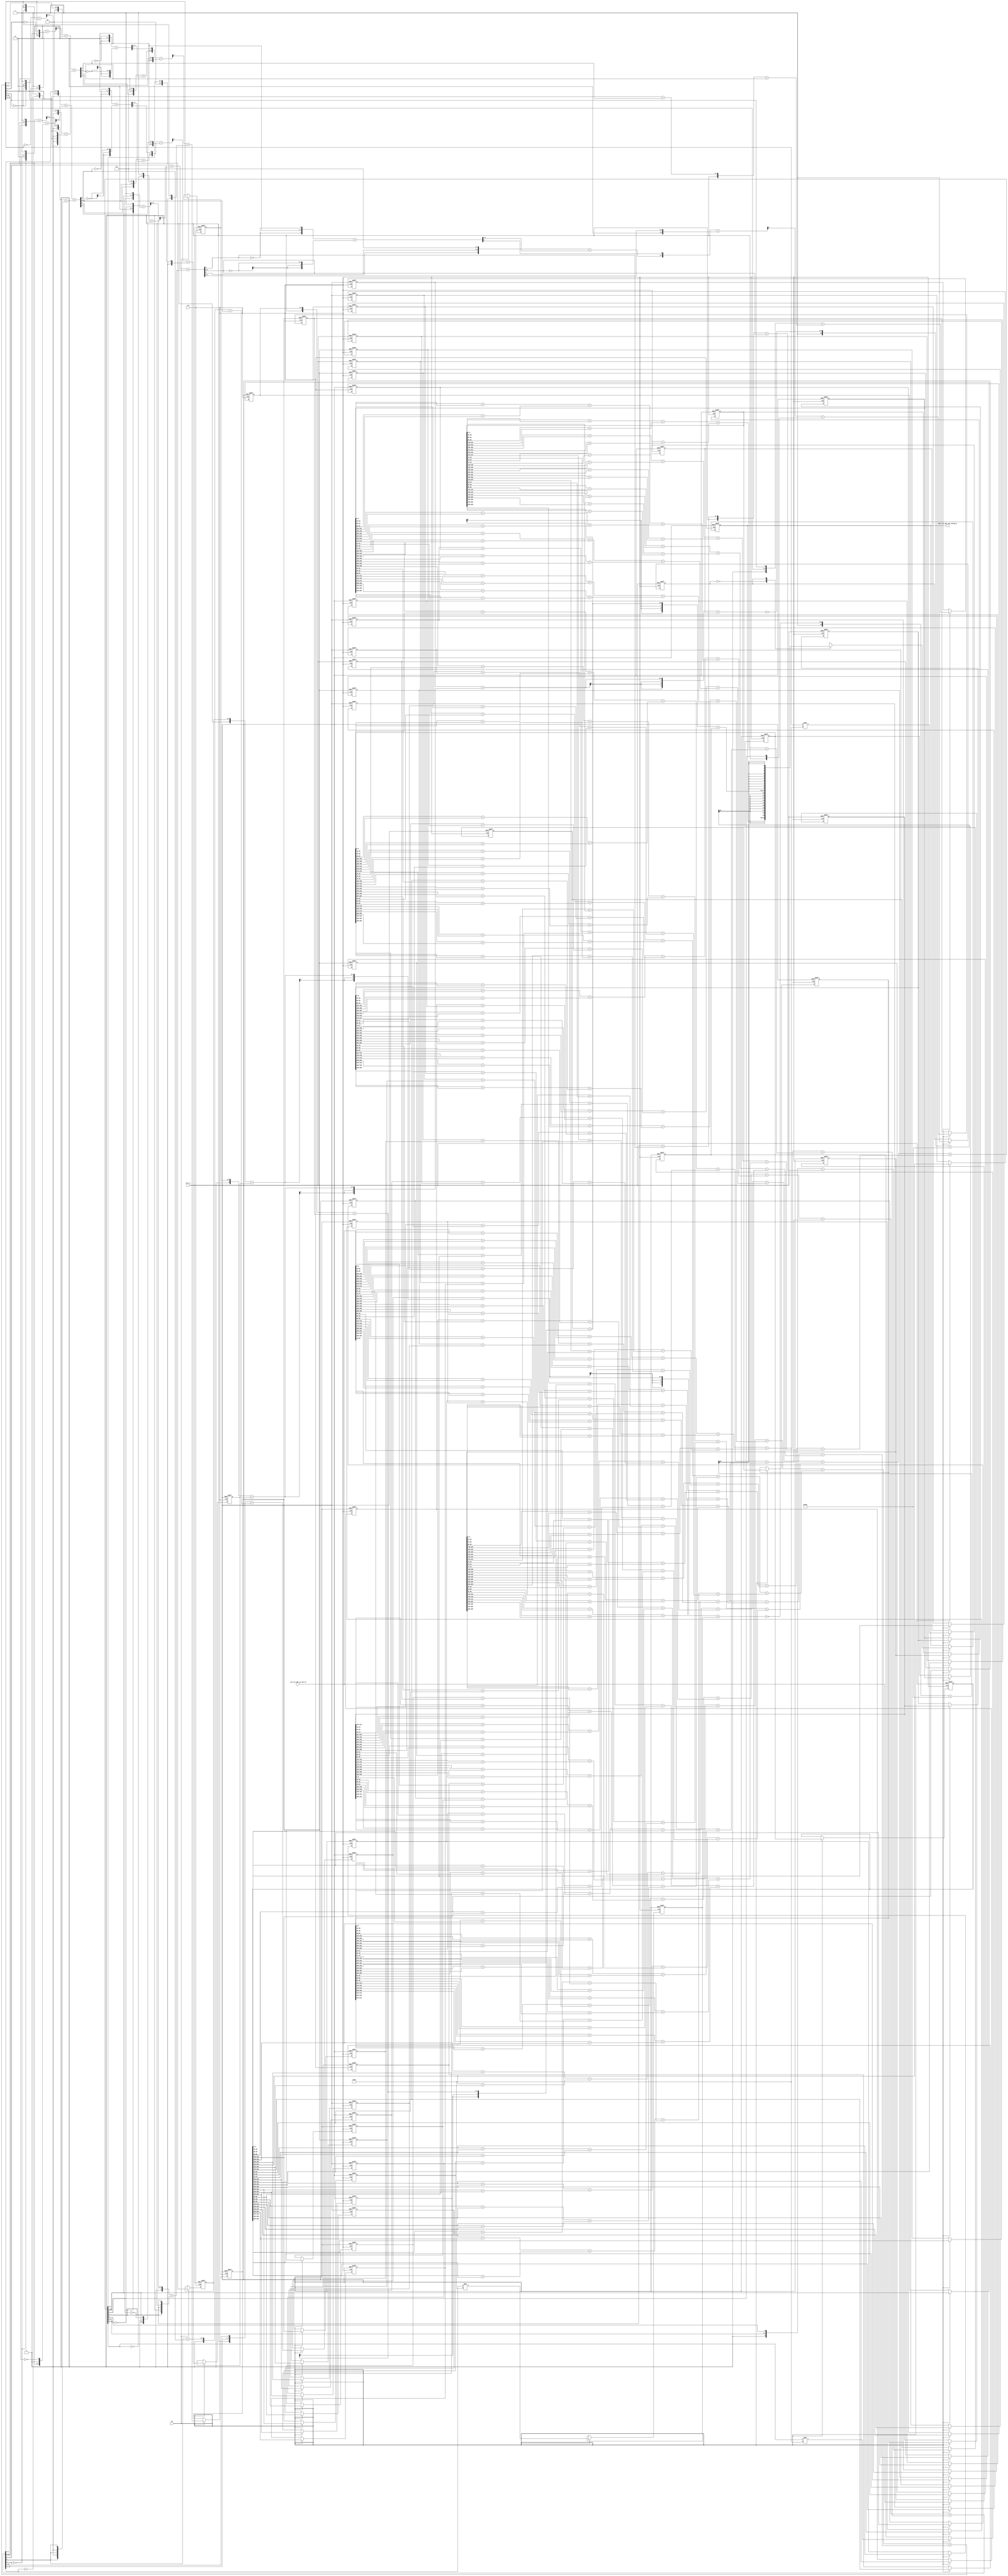
module mean_vga_core (
  clk, en, arst_n, vin_rsc_mgc_in_wire_d, vout_rsc_mgc_out_stdreg_d
);
  input clk;
  input en;
  input arst_n;
  input [299:0] vin_rsc_mgc_in_wire_d;
  output [29:0] vout_rsc_mgc_out_stdreg_d;
  reg [29:0] vout_rsc_mgc_out_stdreg_d;


  // Interconnect Declarations
  reg [299:0] regs_regs_2_sva_1;
  reg [9:0] regs_regs_slc_regs_regs_9_itm;
  reg [9:0] regs_regs_slc_regs_regs_9_1_itm;
  reg [9:0] regs_regs_slc_regs_regs_9_2_itm;
  reg [9:0] regs_regs_slc_regs_regs_9_3_itm;
  reg [9:0] regs_regs_slc_regs_regs_9_4_itm;
  reg [9:0] regs_regs_slc_regs_regs_9_5_itm;
  reg [9:0] regs_regs_slc_regs_regs_9_6_itm;
  reg [9:0] regs_regs_slc_regs_regs_9_7_itm;
  reg [9:0] regs_regs_slc_regs_regs_9_8_itm;
  reg [9:0] regs_regs_slc_regs_regs_9_9_itm;
  reg [9:0] regs_regs_slc_regs_regs_9_10_itm;
  reg [9:0] regs_regs_slc_regs_regs_9_11_itm;
  reg [9:0] regs_regs_slc_regs_regs_9_12_itm;
  reg [9:0] regs_regs_slc_regs_regs_9_13_itm;
  reg [9:0] regs_regs_slc_regs_regs_9_14_itm;
  reg [9:0] regs_regs_slc_regs_regs_9_15_itm;
  reg [9:0] regs_regs_slc_regs_regs_9_16_itm;
  reg [9:0] regs_regs_slc_regs_regs_9_17_itm;
  reg [9:0] regs_regs_slc_regs_regs_9_18_itm;
  reg [9:0] regs_regs_slc_regs_regs_9_19_itm;
  reg [9:0] regs_regs_slc_regs_regs_9_20_itm;
  reg [9:0] regs_regs_slc_regs_regs_9_21_itm;
  reg [9:0] regs_regs_slc_regs_regs_9_22_itm;
  reg [9:0] regs_regs_slc_regs_regs_9_23_itm;
  reg [9:0] regs_regs_slc_regs_regs_9_24_itm;
  reg [9:0] regs_regs_slc_regs_regs_9_25_itm;
  reg [9:0] regs_regs_slc_regs_regs_9_26_itm;
  reg [9:0] regs_regs_slc_regs_regs_9_27_itm;
  reg [9:0] regs_regs_slc_regs_regs_9_28_itm;
  reg [9:0] regs_regs_slc_regs_regs_9_29_itm;
  reg [6:0] FRAME_acc_24_itm_1;
  wire [7:0] nl_FRAME_acc_24_itm_1;
  reg [2:0] red_slc_red_5_sg1_12_itm_1;
  reg [1:0] FRAME_acc_21_itm_1;
  wire [2:0] nl_FRAME_acc_21_itm_1;
  reg [9:0] FRAME_mul_itm_1;
  wire [19:0] nl_FRAME_mul_itm_1;
  reg [6:0] FRAME_acc_32_itm_1;
  wire [7:0] nl_FRAME_acc_32_itm_1;
  reg [2:0] green_slc_green_2_sg1_12_itm_1;
  reg [1:0] FRAME_acc_29_itm_1;
  wire [2:0] nl_FRAME_acc_29_itm_1;
  reg [9:0] FRAME_mul_1_itm_1;
  wire [19:0] nl_FRAME_mul_1_itm_1;
  reg [6:0] FRAME_acc_40_itm_1;
  wire [7:0] nl_FRAME_acc_40_itm_1;
  reg [2:0] blue_slc_blue_5_sg1_12_itm_1;
  reg [1:0] FRAME_acc_37_itm_1;
  wire [2:0] nl_FRAME_acc_37_itm_1;
  reg [9:0] FRAME_mul_2_itm_1;
  wire [19:0] nl_FRAME_mul_2_itm_1;
  reg main_stage_0_2;
  reg [299:0] reg_regs_regs_8_sva_1_cse;
  reg [299:0] reg_regs_regs_0_sva_cse;
  reg [299:0] reg_regs_regs_3_sva_1_cse;
  reg [299:0] reg_regs_regs_4_sva_1_cse;
  reg [299:0] reg_regs_regs_5_sva_1_cse;
  reg [299:0] reg_regs_regs_6_sva_1_cse;
  reg [299:0] reg_regs_regs_7_sva_1_cse;
  wire [6:0] acc_imod_4_sva;
  wire [7:0] nl_acc_imod_4_sva;
  wire [3:0] FRAME_acc_42_sdt;
  wire [4:0] nl_FRAME_acc_42_sdt;
  wire [6:0] acc_imod_2_sva;
  wire [7:0] nl_acc_imod_2_sva;
  wire [3:0] FRAME_acc_34_sdt;
  wire [4:0] nl_FRAME_acc_34_sdt;
  wire [6:0] acc_imod_sva;
  wire [7:0] nl_acc_imod_sva;
  wire [3:0] FRAME_acc_26_sdt;
  wire [4:0] nl_FRAME_acc_26_sdt;
  wire [15:0] ACC2_10_acc_3_itm;
  wire [17:0] nl_ACC2_10_acc_3_itm;
  wire [15:0] ACC2_10_acc_2_itm;
  wire [17:0] nl_ACC2_10_acc_2_itm;
  wire [15:0] ACC2_10_acc_1_itm;
  wire [17:0] nl_ACC2_10_acc_1_itm;


  // Interconnect Declarations for Component Instantiations 
  assign nl_ACC2_10_acc_3_itm = (conv_u2u_15_16(conv_u2u_14_15(conv_u2u_13_14(conv_u2u_12_13(conv_u2u_11_12(conv_u2u_10_11(reg_regs_regs_3_sva_1_cse[219:210])
      + conv_u2u_10_11(reg_regs_regs_3_sva_1_cse[249:240])) + conv_u2u_11_12(conv_u2u_10_11(reg_regs_regs_3_sva_1_cse[279:270])
      + conv_u2u_10_11(reg_regs_regs_4_sva_1_cse[9:0]))) + conv_u2u_12_13(conv_u2u_11_12(conv_u2u_10_11(reg_regs_regs_4_sva_1_cse[39:30])
      + conv_u2u_10_11(reg_regs_regs_4_sva_1_cse[69:60])) + conv_u2u_11_12(conv_u2u_10_11(reg_regs_regs_4_sva_1_cse[99:90])
      + conv_u2u_10_11(reg_regs_regs_4_sva_1_cse[129:120])))) + conv_u2u_13_14(conv_u2u_12_13(conv_u2u_11_12(conv_u2u_10_11(reg_regs_regs_4_sva_1_cse[159:150])
      + conv_u2u_10_11(reg_regs_regs_4_sva_1_cse[189:180])) + conv_u2u_11_12(conv_u2u_10_11(reg_regs_regs_4_sva_1_cse[219:210])
      + conv_u2u_10_11(reg_regs_regs_4_sva_1_cse[249:240]))) + conv_u2u_12_13(conv_u2u_11_12(conv_u2u_10_11(reg_regs_regs_4_sva_1_cse[279:270])
      + conv_u2u_10_11(reg_regs_regs_5_sva_1_cse[9:0])) + conv_u2u_11_12(conv_u2u_10_11(reg_regs_regs_5_sva_1_cse[39:30])
      + conv_u2u_10_11(reg_regs_regs_5_sva_1_cse[69:60]))))) + conv_u2u_14_15(conv_u2u_13_14(conv_u2u_12_13(conv_u2u_11_12(conv_u2u_10_11(reg_regs_regs_5_sva_1_cse[99:90])
      + conv_u2u_10_11(reg_regs_regs_5_sva_1_cse[129:120])) + conv_u2u_11_12(conv_u2u_10_11(reg_regs_regs_5_sva_1_cse[159:150])
      + conv_u2u_10_11(reg_regs_regs_5_sva_1_cse[189:180]))) + conv_u2u_12_13(conv_u2u_11_12(conv_u2u_10_11(reg_regs_regs_5_sva_1_cse[219:210])
      + conv_u2u_10_11(reg_regs_regs_5_sva_1_cse[249:240])) + conv_u2u_11_12(conv_u2u_10_11(reg_regs_regs_5_sva_1_cse[279:270])
      + conv_u2u_10_11(reg_regs_regs_6_sva_1_cse[9:0])))) + conv_u2u_13_14(conv_u2u_12_13(conv_u2u_11_12(conv_u2u_10_11(reg_regs_regs_6_sva_1_cse[39:30])
      + conv_u2u_10_11(reg_regs_regs_6_sva_1_cse[69:60])) + conv_u2u_11_12(conv_u2u_10_11(reg_regs_regs_6_sva_1_cse[99:90])
      + conv_u2u_10_11(reg_regs_regs_6_sva_1_cse[129:120]))) + conv_u2u_12_13(conv_u2u_11_12(conv_u2u_10_11(reg_regs_regs_6_sva_1_cse[159:150])
      + conv_u2u_10_11(reg_regs_regs_6_sva_1_cse[189:180])) + conv_u2u_11_12(conv_u2u_10_11(reg_regs_regs_6_sva_1_cse[219:210])
      + conv_u2u_10_11(reg_regs_regs_6_sva_1_cse[249:240])))))) + conv_u2u_15_16(conv_u2u_14_15(conv_u2u_13_14(conv_u2u_12_13(conv_u2u_11_12(conv_u2u_10_11(reg_regs_regs_6_sva_1_cse[279:270])
      + conv_u2u_10_11(reg_regs_regs_7_sva_1_cse[9:0])) + conv_u2u_11_12(conv_u2u_10_11(reg_regs_regs_7_sva_1_cse[39:30])
      + conv_u2u_10_11(reg_regs_regs_7_sva_1_cse[69:60]))) + conv_u2u_12_13(conv_u2u_11_12(conv_u2u_10_11(reg_regs_regs_7_sva_1_cse[99:90])
      + conv_u2u_10_11(reg_regs_regs_7_sva_1_cse[129:120])) + conv_u2u_11_12(conv_u2u_10_11(reg_regs_regs_7_sva_1_cse[159:150])
      + conv_u2u_10_11(reg_regs_regs_7_sva_1_cse[189:180])))) + conv_u2u_13_14(conv_u2u_12_13(conv_u2u_11_12(conv_u2u_10_11(reg_regs_regs_7_sva_1_cse[219:210])
      + conv_u2u_10_11(reg_regs_regs_7_sva_1_cse[249:240])) + conv_u2u_11_12(conv_u2u_10_11(reg_regs_regs_7_sva_1_cse[279:270])
      + conv_u2u_10_11(reg_regs_regs_8_sva_1_cse[9:0]))) + conv_u2u_12_13(conv_u2u_11_12(conv_u2u_10_11(reg_regs_regs_8_sva_1_cse[39:30])
      + conv_u2u_10_11(reg_regs_regs_8_sva_1_cse[69:60])) + conv_u2u_11_12(conv_u2u_10_11(reg_regs_regs_8_sva_1_cse[99:90])
      + conv_u2u_10_11(reg_regs_regs_8_sva_1_cse[129:120]))))) + conv_u2u_14_15(conv_u2u_13_14(conv_u2u_12_13(conv_u2u_11_12(conv_u2u_10_11(reg_regs_regs_8_sva_1_cse[159:150])
      + conv_u2u_10_11(reg_regs_regs_8_sva_1_cse[189:180])) + conv_u2u_11_12(conv_u2u_10_11(reg_regs_regs_8_sva_1_cse[219:210])
      + conv_u2u_10_11(reg_regs_regs_8_sva_1_cse[249:240]))) + conv_u2u_12_13(conv_u2u_11_12(conv_u2u_10_11(reg_regs_regs_8_sva_1_cse[279:270])
      + conv_u2u_10_11(regs_regs_slc_regs_regs_9_20_itm)) + conv_u2u_11_12(conv_u2u_10_11(regs_regs_slc_regs_regs_9_21_itm)
      + conv_u2u_10_11(regs_regs_slc_regs_regs_9_22_itm)))) + conv_u2u_13_14(conv_u2u_12_13(conv_u2u_11_12(conv_u2u_10_11(regs_regs_slc_regs_regs_9_23_itm)
      + conv_u2u_10_11(regs_regs_slc_regs_regs_9_24_itm)) + conv_u2u_11_12(conv_u2u_10_11(regs_regs_slc_regs_regs_9_25_itm)
      + conv_u2u_10_11(regs_regs_slc_regs_regs_9_26_itm))) + conv_u2u_12_13(conv_u2u_11_12(conv_u2u_10_11(regs_regs_slc_regs_regs_9_27_itm)
      + conv_u2u_10_11(regs_regs_slc_regs_regs_9_28_itm)) + conv_u2u_11_12(conv_u2u_10_11(regs_regs_slc_regs_regs_9_29_itm)
      + conv_u2u_10_11(vin_rsc_mgc_in_wire_d[9:0]))))))) + (conv_u2u_15_16(conv_u2u_14_15(conv_u2u_13_14(conv_u2u_12_13(conv_u2u_11_12(conv_u2u_10_11(vin_rsc_mgc_in_wire_d[69:60])
      + conv_u2u_10_11(vin_rsc_mgc_in_wire_d[99:90])) + conv_u2u_11_12(conv_u2u_10_11(vin_rsc_mgc_in_wire_d[129:120])
      + conv_u2u_10_11(vin_rsc_mgc_in_wire_d[159:150]))) + conv_u2u_12_13(conv_u2u_11_12(conv_u2u_10_11(vin_rsc_mgc_in_wire_d[189:180])
      + conv_u2u_10_11(vin_rsc_mgc_in_wire_d[219:210])) + conv_u2u_11_12(conv_u2u_10_11(vin_rsc_mgc_in_wire_d[249:240])
      + conv_u2u_10_11(vin_rsc_mgc_in_wire_d[279:270])))) + conv_u2u_12_14(conv_u2u_11_12(conv_u2u_10_11(vin_rsc_mgc_in_wire_d[39:30])
      + conv_u2u_10_11(reg_regs_regs_0_sva_cse[9:0])) + conv_u2u_11_12(conv_u2u_10_11(reg_regs_regs_0_sva_cse[39:30])
      + conv_u2u_10_11(reg_regs_regs_0_sva_cse[69:60])))) + conv_u2u_13_15(conv_u2u_12_13(conv_u2u_11_12(conv_u2u_10_11(reg_regs_regs_0_sva_cse[99:90])
      + conv_u2u_10_11(reg_regs_regs_0_sva_cse[129:120])) + conv_u2u_11_12(conv_u2u_10_11(reg_regs_regs_0_sva_cse[159:150])
      + conv_u2u_10_11(reg_regs_regs_0_sva_cse[189:180]))) + conv_u2u_12_13(conv_u2u_11_12(conv_u2u_10_11(reg_regs_regs_0_sva_cse[219:210])
      + conv_u2u_10_11(reg_regs_regs_0_sva_cse[249:240])) + conv_u2u_11_12(conv_u2u_10_11(reg_regs_regs_0_sva_cse[279:270])
      + conv_u2u_10_11(regs_regs_2_sva_1[9:0]))))) + conv_u2u_14_16(conv_u2u_13_14(conv_u2u_12_13(conv_u2u_11_12(conv_u2u_10_11(regs_regs_2_sva_1[39:30])
      + conv_u2u_10_11(regs_regs_2_sva_1[69:60])) + conv_u2u_11_12(conv_u2u_10_11(regs_regs_2_sva_1[99:90])
      + conv_u2u_10_11(regs_regs_2_sva_1[129:120]))) + conv_u2u_12_13(conv_u2u_11_12(conv_u2u_10_11(regs_regs_2_sva_1[159:150])
      + conv_u2u_10_11(regs_regs_2_sva_1[189:180])) + conv_u2u_11_12(conv_u2u_10_11(regs_regs_2_sva_1[219:210])
      + conv_u2u_10_11(regs_regs_2_sva_1[249:240])))) + conv_u2u_13_14(conv_u2u_12_13(conv_u2u_11_12(conv_u2u_10_11(regs_regs_2_sva_1[279:270])
      + conv_u2u_10_11(reg_regs_regs_3_sva_1_cse[9:0])) + conv_u2u_11_12(conv_u2u_10_11(reg_regs_regs_3_sva_1_cse[39:30])
      + conv_u2u_10_11(reg_regs_regs_3_sva_1_cse[69:60]))) + conv_u2u_12_13(conv_u2u_11_12(conv_u2u_10_11(reg_regs_regs_3_sva_1_cse[99:90])
      + conv_u2u_10_11(reg_regs_regs_3_sva_1_cse[129:120])) + conv_u2u_11_12(conv_u2u_10_11(reg_regs_regs_3_sva_1_cse[159:150])
      + conv_u2u_10_11(reg_regs_regs_3_sva_1_cse[189:180]))))));
  assign ACC2_10_acc_3_itm = nl_ACC2_10_acc_3_itm[15:0];
  assign nl_acc_imod_4_sva = conv_s2s_6_7(({2'b10 , (ACC2_10_acc_3_itm[5:2])}) +
      conv_u2s_5_6(readslicef_6_5_1((conv_u2u_5_6({(~ (ACC2_10_acc_3_itm[15:12]))
      , 1'b1}) + conv_u2u_5_6({(ACC2_10_acc_3_itm[11:9]) , 1'b0 , (~ (ACC2_10_acc_3_itm[7]))})))))
      + conv_s2s_6_7(conv_u2s_5_6(readslicef_6_5_1((conv_u2u_5_6({(~ (ACC2_10_acc_3_itm[6]))
      , 2'b11 , (~ (ACC2_10_acc_3_itm[6])) , 1'b1}) + conv_u2u_5_6({(ACC2_10_acc_3_itm[7])
      , (ACC2_10_acc_3_itm[11:9]) , 1'b1})))) + conv_s2s_5_6({(ACC2_10_acc_3_itm[8])
      , 1'b0 , (ACC2_10_acc_3_itm[8]) , 1'b0 , (ACC2_10_acc_3_itm[8])}));
  assign acc_imod_4_sva = nl_acc_imod_4_sva[6:0];
  assign nl_FRAME_acc_42_sdt = ({(~ (acc_imod_4_sva[4])) , 2'b11 , (~ (acc_imod_4_sva[4]))})
      + conv_s2u_2_4(~ (acc_imod_4_sva[6:5]));
  assign FRAME_acc_42_sdt = nl_FRAME_acc_42_sdt[3:0];
  assign nl_ACC2_10_acc_2_itm = (conv_u2u_15_16(conv_u2u_14_15(conv_u2u_13_14(conv_u2u_12_13(conv_u2u_11_12(conv_u2u_10_11(reg_regs_regs_3_sva_1_cse[229:220])
      + conv_u2u_10_11(reg_regs_regs_3_sva_1_cse[259:250])) + conv_u2u_11_12(conv_u2u_10_11(reg_regs_regs_3_sva_1_cse[289:280])
      + conv_u2u_10_11(reg_regs_regs_4_sva_1_cse[19:10]))) + conv_u2u_12_13(conv_u2u_11_12(conv_u2u_10_11(reg_regs_regs_4_sva_1_cse[49:40])
      + conv_u2u_10_11(reg_regs_regs_4_sva_1_cse[79:70])) + conv_u2u_11_12(conv_u2u_10_11(reg_regs_regs_4_sva_1_cse[109:100])
      + conv_u2u_10_11(reg_regs_regs_4_sva_1_cse[139:130])))) + conv_u2u_13_14(conv_u2u_12_13(conv_u2u_11_12(conv_u2u_10_11(reg_regs_regs_4_sva_1_cse[169:160])
      + conv_u2u_10_11(reg_regs_regs_4_sva_1_cse[199:190])) + conv_u2u_11_12(conv_u2u_10_11(reg_regs_regs_4_sva_1_cse[229:220])
      + conv_u2u_10_11(reg_regs_regs_4_sva_1_cse[259:250]))) + conv_u2u_12_13(conv_u2u_11_12(conv_u2u_10_11(reg_regs_regs_4_sva_1_cse[289:280])
      + conv_u2u_10_11(reg_regs_regs_5_sva_1_cse[19:10])) + conv_u2u_11_12(conv_u2u_10_11(reg_regs_regs_5_sva_1_cse[49:40])
      + conv_u2u_10_11(reg_regs_regs_5_sva_1_cse[79:70]))))) + conv_u2u_14_15(conv_u2u_13_14(conv_u2u_12_13(conv_u2u_11_12(conv_u2u_10_11(reg_regs_regs_5_sva_1_cse[109:100])
      + conv_u2u_10_11(reg_regs_regs_5_sva_1_cse[139:130])) + conv_u2u_11_12(conv_u2u_10_11(reg_regs_regs_5_sva_1_cse[169:160])
      + conv_u2u_10_11(reg_regs_regs_5_sva_1_cse[199:190]))) + conv_u2u_12_13(conv_u2u_11_12(conv_u2u_10_11(reg_regs_regs_5_sva_1_cse[229:220])
      + conv_u2u_10_11(reg_regs_regs_5_sva_1_cse[259:250])) + conv_u2u_11_12(conv_u2u_10_11(reg_regs_regs_5_sva_1_cse[289:280])
      + conv_u2u_10_11(reg_regs_regs_6_sva_1_cse[19:10])))) + conv_u2u_13_14(conv_u2u_12_13(conv_u2u_11_12(conv_u2u_10_11(reg_regs_regs_6_sva_1_cse[49:40])
      + conv_u2u_10_11(reg_regs_regs_6_sva_1_cse[79:70])) + conv_u2u_11_12(conv_u2u_10_11(reg_regs_regs_6_sva_1_cse[109:100])
      + conv_u2u_10_11(reg_regs_regs_6_sva_1_cse[139:130]))) + conv_u2u_12_13(conv_u2u_11_12(conv_u2u_10_11(reg_regs_regs_6_sva_1_cse[169:160])
      + conv_u2u_10_11(reg_regs_regs_6_sva_1_cse[199:190])) + conv_u2u_11_12(conv_u2u_10_11(reg_regs_regs_6_sva_1_cse[229:220])
      + conv_u2u_10_11(reg_regs_regs_6_sva_1_cse[259:250])))))) + conv_u2u_15_16(conv_u2u_14_15(conv_u2u_13_14(conv_u2u_12_13(conv_u2u_11_12(conv_u2u_10_11(reg_regs_regs_6_sva_1_cse[289:280])
      + conv_u2u_10_11(reg_regs_regs_7_sva_1_cse[19:10])) + conv_u2u_11_12(conv_u2u_10_11(reg_regs_regs_7_sva_1_cse[49:40])
      + conv_u2u_10_11(reg_regs_regs_7_sva_1_cse[79:70]))) + conv_u2u_12_13(conv_u2u_11_12(conv_u2u_10_11(reg_regs_regs_7_sva_1_cse[109:100])
      + conv_u2u_10_11(reg_regs_regs_7_sva_1_cse[139:130])) + conv_u2u_11_12(conv_u2u_10_11(reg_regs_regs_7_sva_1_cse[169:160])
      + conv_u2u_10_11(reg_regs_regs_7_sva_1_cse[199:190])))) + conv_u2u_13_14(conv_u2u_12_13(conv_u2u_11_12(conv_u2u_10_11(reg_regs_regs_7_sva_1_cse[229:220])
      + conv_u2u_10_11(reg_regs_regs_7_sva_1_cse[259:250])) + conv_u2u_11_12(conv_u2u_10_11(reg_regs_regs_7_sva_1_cse[289:280])
      + conv_u2u_10_11(reg_regs_regs_8_sva_1_cse[19:10]))) + conv_u2u_12_13(conv_u2u_11_12(conv_u2u_10_11(reg_regs_regs_8_sva_1_cse[49:40])
      + conv_u2u_10_11(reg_regs_regs_8_sva_1_cse[79:70])) + conv_u2u_11_12(conv_u2u_10_11(reg_regs_regs_8_sva_1_cse[109:100])
      + conv_u2u_10_11(reg_regs_regs_8_sva_1_cse[139:130]))))) + conv_u2u_14_15(conv_u2u_13_14(conv_u2u_12_13(conv_u2u_11_12(conv_u2u_10_11(reg_regs_regs_8_sva_1_cse[169:160])
      + conv_u2u_10_11(reg_regs_regs_8_sva_1_cse[199:190])) + conv_u2u_11_12(conv_u2u_10_11(reg_regs_regs_8_sva_1_cse[229:220])
      + conv_u2u_10_11(reg_regs_regs_8_sva_1_cse[259:250]))) + conv_u2u_12_13(conv_u2u_11_12(conv_u2u_10_11(reg_regs_regs_8_sva_1_cse[289:280])
      + conv_u2u_10_11(regs_regs_slc_regs_regs_9_10_itm)) + conv_u2u_11_12(conv_u2u_10_11(regs_regs_slc_regs_regs_9_11_itm)
      + conv_u2u_10_11(regs_regs_slc_regs_regs_9_12_itm)))) + conv_u2u_13_14(conv_u2u_12_13(conv_u2u_11_12(conv_u2u_10_11(regs_regs_slc_regs_regs_9_13_itm)
      + conv_u2u_10_11(regs_regs_slc_regs_regs_9_14_itm)) + conv_u2u_11_12(conv_u2u_10_11(regs_regs_slc_regs_regs_9_15_itm)
      + conv_u2u_10_11(regs_regs_slc_regs_regs_9_16_itm))) + conv_u2u_12_13(conv_u2u_11_12(conv_u2u_10_11(regs_regs_slc_regs_regs_9_17_itm)
      + conv_u2u_10_11(regs_regs_slc_regs_regs_9_18_itm)) + conv_u2u_11_12(conv_u2u_10_11(regs_regs_slc_regs_regs_9_19_itm)
      + conv_u2u_10_11(vin_rsc_mgc_in_wire_d[19:10]))))))) + (conv_u2u_15_16(conv_u2u_14_15(conv_u2u_13_14(conv_u2u_12_13(conv_u2u_11_12(conv_u2u_10_11(vin_rsc_mgc_in_wire_d[79:70])
      + conv_u2u_10_11(vin_rsc_mgc_in_wire_d[109:100])) + conv_u2u_11_12(conv_u2u_10_11(vin_rsc_mgc_in_wire_d[139:130])
      + conv_u2u_10_11(vin_rsc_mgc_in_wire_d[169:160]))) + conv_u2u_12_13(conv_u2u_11_12(conv_u2u_10_11(vin_rsc_mgc_in_wire_d[199:190])
      + conv_u2u_10_11(vin_rsc_mgc_in_wire_d[229:220])) + conv_u2u_11_12(conv_u2u_10_11(vin_rsc_mgc_in_wire_d[259:250])
      + conv_u2u_10_11(vin_rsc_mgc_in_wire_d[289:280])))) + conv_u2u_12_14(conv_u2u_11_12(conv_u2u_10_11(vin_rsc_mgc_in_wire_d[49:40])
      + conv_u2u_10_11(reg_regs_regs_0_sva_cse[19:10])) + conv_u2u_11_12(conv_u2u_10_11(reg_regs_regs_0_sva_cse[49:40])
      + conv_u2u_10_11(reg_regs_regs_0_sva_cse[79:70])))) + conv_u2u_13_15(conv_u2u_12_13(conv_u2u_11_12(conv_u2u_10_11(reg_regs_regs_0_sva_cse[109:100])
      + conv_u2u_10_11(reg_regs_regs_0_sva_cse[139:130])) + conv_u2u_11_12(conv_u2u_10_11(reg_regs_regs_0_sva_cse[169:160])
      + conv_u2u_10_11(reg_regs_regs_0_sva_cse[199:190]))) + conv_u2u_12_13(conv_u2u_11_12(conv_u2u_10_11(reg_regs_regs_0_sva_cse[229:220])
      + conv_u2u_10_11(reg_regs_regs_0_sva_cse[259:250])) + conv_u2u_11_12(conv_u2u_10_11(reg_regs_regs_0_sva_cse[289:280])
      + conv_u2u_10_11(regs_regs_2_sva_1[19:10]))))) + conv_u2u_14_16(conv_u2u_13_14(conv_u2u_12_13(conv_u2u_11_12(conv_u2u_10_11(regs_regs_2_sva_1[49:40])
      + conv_u2u_10_11(regs_regs_2_sva_1[79:70])) + conv_u2u_11_12(conv_u2u_10_11(regs_regs_2_sva_1[109:100])
      + conv_u2u_10_11(regs_regs_2_sva_1[139:130]))) + conv_u2u_12_13(conv_u2u_11_12(conv_u2u_10_11(regs_regs_2_sva_1[169:160])
      + conv_u2u_10_11(regs_regs_2_sva_1[199:190])) + conv_u2u_11_12(conv_u2u_10_11(regs_regs_2_sva_1[229:220])
      + conv_u2u_10_11(regs_regs_2_sva_1[259:250])))) + conv_u2u_13_14(conv_u2u_12_13(conv_u2u_11_12(conv_u2u_10_11(regs_regs_2_sva_1[289:280])
      + conv_u2u_10_11(reg_regs_regs_3_sva_1_cse[19:10])) + conv_u2u_11_12(conv_u2u_10_11(reg_regs_regs_3_sva_1_cse[49:40])
      + conv_u2u_10_11(reg_regs_regs_3_sva_1_cse[79:70]))) + conv_u2u_12_13(conv_u2u_11_12(conv_u2u_10_11(reg_regs_regs_3_sva_1_cse[109:100])
      + conv_u2u_10_11(reg_regs_regs_3_sva_1_cse[139:130])) + conv_u2u_11_12(conv_u2u_10_11(reg_regs_regs_3_sva_1_cse[169:160])
      + conv_u2u_10_11(reg_regs_regs_3_sva_1_cse[199:190]))))));
  assign ACC2_10_acc_2_itm = nl_ACC2_10_acc_2_itm[15:0];
  assign nl_acc_imod_2_sva = conv_s2s_6_7(({2'b10 , (ACC2_10_acc_2_itm[5:2])}) +
      conv_u2s_5_6(readslicef_6_5_1((conv_u2u_5_6({(~ (ACC2_10_acc_2_itm[15:12]))
      , 1'b1}) + conv_u2u_5_6({(ACC2_10_acc_2_itm[11:9]) , 1'b0 , (~ (ACC2_10_acc_2_itm[7]))})))))
      + conv_s2s_6_7(conv_u2s_5_6(readslicef_6_5_1((conv_u2u_5_6({(~ (ACC2_10_acc_2_itm[6]))
      , 2'b11 , (~ (ACC2_10_acc_2_itm[6])) , 1'b1}) + conv_u2u_5_6({(ACC2_10_acc_2_itm[7])
      , (ACC2_10_acc_2_itm[11:9]) , 1'b1})))) + conv_s2s_5_6({(ACC2_10_acc_2_itm[8])
      , 1'b0 , (ACC2_10_acc_2_itm[8]) , 1'b0 , (ACC2_10_acc_2_itm[8])}));
  assign acc_imod_2_sva = nl_acc_imod_2_sva[6:0];
  assign nl_FRAME_acc_34_sdt = ({(~ (acc_imod_2_sva[4])) , 2'b11 , (~ (acc_imod_2_sva[4]))})
      + conv_s2u_2_4(~ (acc_imod_2_sva[6:5]));
  assign FRAME_acc_34_sdt = nl_FRAME_acc_34_sdt[3:0];
  assign nl_ACC2_10_acc_1_itm = (conv_u2u_15_16(conv_u2u_14_15(conv_u2u_13_14(conv_u2u_12_13(conv_u2u_11_12(conv_u2u_10_11(reg_regs_regs_3_sva_1_cse[239:230])
      + conv_u2u_10_11(reg_regs_regs_3_sva_1_cse[269:260])) + conv_u2u_11_12(conv_u2u_10_11(reg_regs_regs_3_sva_1_cse[299:290])
      + conv_u2u_10_11(reg_regs_regs_4_sva_1_cse[29:20]))) + conv_u2u_12_13(conv_u2u_11_12(conv_u2u_10_11(reg_regs_regs_4_sva_1_cse[59:50])
      + conv_u2u_10_11(reg_regs_regs_4_sva_1_cse[89:80])) + conv_u2u_11_12(conv_u2u_10_11(reg_regs_regs_4_sva_1_cse[119:110])
      + conv_u2u_10_11(reg_regs_regs_4_sva_1_cse[149:140])))) + conv_u2u_13_14(conv_u2u_12_13(conv_u2u_11_12(conv_u2u_10_11(reg_regs_regs_4_sva_1_cse[179:170])
      + conv_u2u_10_11(reg_regs_regs_4_sva_1_cse[209:200])) + conv_u2u_11_12(conv_u2u_10_11(reg_regs_regs_4_sva_1_cse[239:230])
      + conv_u2u_10_11(reg_regs_regs_4_sva_1_cse[269:260]))) + conv_u2u_12_13(conv_u2u_11_12(conv_u2u_10_11(reg_regs_regs_4_sva_1_cse[299:290])
      + conv_u2u_10_11(reg_regs_regs_5_sva_1_cse[29:20])) + conv_u2u_11_12(conv_u2u_10_11(reg_regs_regs_5_sva_1_cse[59:50])
      + conv_u2u_10_11(reg_regs_regs_5_sva_1_cse[89:80]))))) + conv_u2u_14_15(conv_u2u_13_14(conv_u2u_12_13(conv_u2u_11_12(conv_u2u_10_11(reg_regs_regs_5_sva_1_cse[119:110])
      + conv_u2u_10_11(reg_regs_regs_5_sva_1_cse[149:140])) + conv_u2u_11_12(conv_u2u_10_11(reg_regs_regs_5_sva_1_cse[179:170])
      + conv_u2u_10_11(reg_regs_regs_5_sva_1_cse[209:200]))) + conv_u2u_12_13(conv_u2u_11_12(conv_u2u_10_11(reg_regs_regs_5_sva_1_cse[239:230])
      + conv_u2u_10_11(reg_regs_regs_5_sva_1_cse[269:260])) + conv_u2u_11_12(conv_u2u_10_11(reg_regs_regs_5_sva_1_cse[299:290])
      + conv_u2u_10_11(reg_regs_regs_6_sva_1_cse[29:20])))) + conv_u2u_13_14(conv_u2u_12_13(conv_u2u_11_12(conv_u2u_10_11(reg_regs_regs_6_sva_1_cse[59:50])
      + conv_u2u_10_11(reg_regs_regs_6_sva_1_cse[89:80])) + conv_u2u_11_12(conv_u2u_10_11(reg_regs_regs_6_sva_1_cse[119:110])
      + conv_u2u_10_11(reg_regs_regs_6_sva_1_cse[149:140]))) + conv_u2u_12_13(conv_u2u_11_12(conv_u2u_10_11(reg_regs_regs_6_sva_1_cse[179:170])
      + conv_u2u_10_11(reg_regs_regs_6_sva_1_cse[209:200])) + conv_u2u_11_12(conv_u2u_10_11(reg_regs_regs_6_sva_1_cse[239:230])
      + conv_u2u_10_11(reg_regs_regs_6_sva_1_cse[269:260])))))) + conv_u2u_15_16(conv_u2u_14_15(conv_u2u_13_14(conv_u2u_12_13(conv_u2u_11_12(conv_u2u_10_11(reg_regs_regs_6_sva_1_cse[299:290])
      + conv_u2u_10_11(reg_regs_regs_7_sva_1_cse[29:20])) + conv_u2u_11_12(conv_u2u_10_11(reg_regs_regs_7_sva_1_cse[59:50])
      + conv_u2u_10_11(reg_regs_regs_7_sva_1_cse[89:80]))) + conv_u2u_12_13(conv_u2u_11_12(conv_u2u_10_11(reg_regs_regs_7_sva_1_cse[119:110])
      + conv_u2u_10_11(reg_regs_regs_7_sva_1_cse[149:140])) + conv_u2u_11_12(conv_u2u_10_11(reg_regs_regs_7_sva_1_cse[179:170])
      + conv_u2u_10_11(reg_regs_regs_7_sva_1_cse[209:200])))) + conv_u2u_13_14(conv_u2u_12_13(conv_u2u_11_12(conv_u2u_10_11(reg_regs_regs_7_sva_1_cse[239:230])
      + conv_u2u_10_11(reg_regs_regs_7_sva_1_cse[269:260])) + conv_u2u_11_12(conv_u2u_10_11(reg_regs_regs_7_sva_1_cse[299:290])
      + conv_u2u_10_11(reg_regs_regs_8_sva_1_cse[29:20]))) + conv_u2u_12_13(conv_u2u_11_12(conv_u2u_10_11(reg_regs_regs_8_sva_1_cse[59:50])
      + conv_u2u_10_11(reg_regs_regs_8_sva_1_cse[89:80])) + conv_u2u_11_12(conv_u2u_10_11(reg_regs_regs_8_sva_1_cse[119:110])
      + conv_u2u_10_11(reg_regs_regs_8_sva_1_cse[149:140]))))) + conv_u2u_14_15(conv_u2u_13_14(conv_u2u_12_13(conv_u2u_11_12(conv_u2u_10_11(reg_regs_regs_8_sva_1_cse[179:170])
      + conv_u2u_10_11(reg_regs_regs_8_sva_1_cse[209:200])) + conv_u2u_11_12(conv_u2u_10_11(reg_regs_regs_8_sva_1_cse[239:230])
      + conv_u2u_10_11(reg_regs_regs_8_sva_1_cse[269:260]))) + conv_u2u_12_13(conv_u2u_11_12(conv_u2u_10_11(reg_regs_regs_8_sva_1_cse[299:290])
      + conv_u2u_10_11(regs_regs_slc_regs_regs_9_itm)) + conv_u2u_11_12(conv_u2u_10_11(regs_regs_slc_regs_regs_9_1_itm)
      + conv_u2u_10_11(regs_regs_slc_regs_regs_9_2_itm)))) + conv_u2u_13_14(conv_u2u_12_13(conv_u2u_11_12(conv_u2u_10_11(regs_regs_slc_regs_regs_9_3_itm)
      + conv_u2u_10_11(regs_regs_slc_regs_regs_9_4_itm)) + conv_u2u_11_12(conv_u2u_10_11(regs_regs_slc_regs_regs_9_5_itm)
      + conv_u2u_10_11(regs_regs_slc_regs_regs_9_6_itm))) + conv_u2u_12_13(conv_u2u_11_12(conv_u2u_10_11(regs_regs_slc_regs_regs_9_7_itm)
      + conv_u2u_10_11(regs_regs_slc_regs_regs_9_8_itm)) + conv_u2u_11_12(conv_u2u_10_11(regs_regs_slc_regs_regs_9_9_itm)
      + conv_u2u_10_11(vin_rsc_mgc_in_wire_d[29:20]))))))) + (conv_u2u_15_16(conv_u2u_14_15(conv_u2u_13_14(conv_u2u_12_13(conv_u2u_11_12(conv_u2u_10_11(vin_rsc_mgc_in_wire_d[89:80])
      + conv_u2u_10_11(vin_rsc_mgc_in_wire_d[119:110])) + conv_u2u_11_12(conv_u2u_10_11(vin_rsc_mgc_in_wire_d[149:140])
      + conv_u2u_10_11(vin_rsc_mgc_in_wire_d[179:170]))) + conv_u2u_12_13(conv_u2u_11_12(conv_u2u_10_11(vin_rsc_mgc_in_wire_d[209:200])
      + conv_u2u_10_11(vin_rsc_mgc_in_wire_d[239:230])) + conv_u2u_11_12(conv_u2u_10_11(vin_rsc_mgc_in_wire_d[269:260])
      + conv_u2u_10_11(vin_rsc_mgc_in_wire_d[299:290])))) + conv_u2u_12_14(conv_u2u_11_12(conv_u2u_10_11(vin_rsc_mgc_in_wire_d[59:50])
      + conv_u2u_10_11(reg_regs_regs_0_sva_cse[29:20])) + conv_u2u_11_12(conv_u2u_10_11(reg_regs_regs_0_sva_cse[59:50])
      + conv_u2u_10_11(reg_regs_regs_0_sva_cse[89:80])))) + conv_u2u_13_15(conv_u2u_12_13(conv_u2u_11_12(conv_u2u_10_11(reg_regs_regs_0_sva_cse[119:110])
      + conv_u2u_10_11(reg_regs_regs_0_sva_cse[149:140])) + conv_u2u_11_12(conv_u2u_10_11(reg_regs_regs_0_sva_cse[179:170])
      + conv_u2u_10_11(reg_regs_regs_0_sva_cse[209:200]))) + conv_u2u_12_13(conv_u2u_11_12(conv_u2u_10_11(reg_regs_regs_0_sva_cse[239:230])
      + conv_u2u_10_11(reg_regs_regs_0_sva_cse[269:260])) + conv_u2u_11_12(conv_u2u_10_11(reg_regs_regs_0_sva_cse[299:290])
      + conv_u2u_10_11(regs_regs_2_sva_1[29:20]))))) + conv_u2u_14_16(conv_u2u_13_14(conv_u2u_12_13(conv_u2u_11_12(conv_u2u_10_11(regs_regs_2_sva_1[59:50])
      + conv_u2u_10_11(regs_regs_2_sva_1[89:80])) + conv_u2u_11_12(conv_u2u_10_11(regs_regs_2_sva_1[119:110])
      + conv_u2u_10_11(regs_regs_2_sva_1[149:140]))) + conv_u2u_12_13(conv_u2u_11_12(conv_u2u_10_11(regs_regs_2_sva_1[179:170])
      + conv_u2u_10_11(regs_regs_2_sva_1[209:200])) + conv_u2u_11_12(conv_u2u_10_11(regs_regs_2_sva_1[239:230])
      + conv_u2u_10_11(regs_regs_2_sva_1[269:260])))) + conv_u2u_13_14(conv_u2u_12_13(conv_u2u_11_12(conv_u2u_10_11(regs_regs_2_sva_1[299:290])
      + conv_u2u_10_11(reg_regs_regs_3_sva_1_cse[29:20])) + conv_u2u_11_12(conv_u2u_10_11(reg_regs_regs_3_sva_1_cse[59:50])
      + conv_u2u_10_11(reg_regs_regs_3_sva_1_cse[89:80]))) + conv_u2u_12_13(conv_u2u_11_12(conv_u2u_10_11(reg_regs_regs_3_sva_1_cse[119:110])
      + conv_u2u_10_11(reg_regs_regs_3_sva_1_cse[149:140])) + conv_u2u_11_12(conv_u2u_10_11(reg_regs_regs_3_sva_1_cse[179:170])
      + conv_u2u_10_11(reg_regs_regs_3_sva_1_cse[209:200]))))));
  assign ACC2_10_acc_1_itm = nl_ACC2_10_acc_1_itm[15:0];
  assign nl_acc_imod_sva = conv_s2s_6_7(({2'b10 , (ACC2_10_acc_1_itm[5:2])}) + conv_u2s_5_6(readslicef_6_5_1((conv_u2u_5_6({(~
      (ACC2_10_acc_1_itm[15:12])) , 1'b1}) + conv_u2u_5_6({(ACC2_10_acc_1_itm[11:9])
      , 1'b0 , (~ (ACC2_10_acc_1_itm[7]))}))))) + conv_s2s_6_7(conv_u2s_5_6(readslicef_6_5_1((conv_u2u_5_6({(~
      (ACC2_10_acc_1_itm[6])) , 2'b11 , (~ (ACC2_10_acc_1_itm[6])) , 1'b1}) + conv_u2u_5_6({(ACC2_10_acc_1_itm[7])
      , (ACC2_10_acc_1_itm[11:9]) , 1'b1})))) + conv_s2s_5_6({(ACC2_10_acc_1_itm[8])
      , 1'b0 , (ACC2_10_acc_1_itm[8]) , 1'b0 , (ACC2_10_acc_1_itm[8])}));
  assign acc_imod_sva = nl_acc_imod_sva[6:0];
  assign nl_FRAME_acc_26_sdt = ({(~ (acc_imod_sva[4])) , 2'b11 , (~ (acc_imod_sva[4]))})
      + conv_s2u_2_4(~ (acc_imod_sva[6:5]));
  assign FRAME_acc_26_sdt = nl_FRAME_acc_26_sdt[3:0];
  always @(posedge clk or negedge arst_n) begin
    if ( ~ arst_n ) begin
      vout_rsc_mgc_out_stdreg_d <= 30'b0;
      FRAME_acc_24_itm_1 <= 7'b0;
      red_slc_red_5_sg1_12_itm_1 <= 3'b0;
      FRAME_acc_21_itm_1 <= 2'b0;
      FRAME_mul_itm_1 <= 10'b0;
      FRAME_acc_32_itm_1 <= 7'b0;
      green_slc_green_2_sg1_12_itm_1 <= 3'b0;
      FRAME_acc_29_itm_1 <= 2'b0;
      FRAME_mul_1_itm_1 <= 10'b0;
      FRAME_acc_40_itm_1 <= 7'b0;
      blue_slc_blue_5_sg1_12_itm_1 <= 3'b0;
      FRAME_acc_37_itm_1 <= 2'b0;
      FRAME_mul_2_itm_1 <= 10'b0;
      main_stage_0_2 <= 1'b0;
      reg_regs_regs_3_sva_1_cse <= 300'b0;
      reg_regs_regs_4_sva_1_cse <= 300'b0;
      reg_regs_regs_5_sva_1_cse <= 300'b0;
      reg_regs_regs_6_sva_1_cse <= 300'b0;
      reg_regs_regs_7_sva_1_cse <= 300'b0;
      reg_regs_regs_8_sva_1_cse <= 300'b0;
      regs_regs_slc_regs_regs_9_20_itm <= 10'b0;
      regs_regs_slc_regs_regs_9_21_itm <= 10'b0;
      regs_regs_slc_regs_regs_9_22_itm <= 10'b0;
      regs_regs_slc_regs_regs_9_23_itm <= 10'b0;
      regs_regs_slc_regs_regs_9_24_itm <= 10'b0;
      regs_regs_slc_regs_regs_9_25_itm <= 10'b0;
      regs_regs_slc_regs_regs_9_26_itm <= 10'b0;
      regs_regs_slc_regs_regs_9_27_itm <= 10'b0;
      regs_regs_slc_regs_regs_9_28_itm <= 10'b0;
      regs_regs_slc_regs_regs_9_29_itm <= 10'b0;
      reg_regs_regs_0_sva_cse <= 300'b0;
      regs_regs_2_sva_1 <= 300'b0;
      regs_regs_slc_regs_regs_9_10_itm <= 10'b0;
      regs_regs_slc_regs_regs_9_11_itm <= 10'b0;
      regs_regs_slc_regs_regs_9_12_itm <= 10'b0;
      regs_regs_slc_regs_regs_9_13_itm <= 10'b0;
      regs_regs_slc_regs_regs_9_14_itm <= 10'b0;
      regs_regs_slc_regs_regs_9_15_itm <= 10'b0;
      regs_regs_slc_regs_regs_9_16_itm <= 10'b0;
      regs_regs_slc_regs_regs_9_17_itm <= 10'b0;
      regs_regs_slc_regs_regs_9_18_itm <= 10'b0;
      regs_regs_slc_regs_regs_9_19_itm <= 10'b0;
      regs_regs_slc_regs_regs_9_itm <= 10'b0;
      regs_regs_slc_regs_regs_9_1_itm <= 10'b0;
      regs_regs_slc_regs_regs_9_2_itm <= 10'b0;
      regs_regs_slc_regs_regs_9_3_itm <= 10'b0;
      regs_regs_slc_regs_regs_9_4_itm <= 10'b0;
      regs_regs_slc_regs_regs_9_5_itm <= 10'b0;
      regs_regs_slc_regs_regs_9_6_itm <= 10'b0;
      regs_regs_slc_regs_regs_9_7_itm <= 10'b0;
      regs_regs_slc_regs_regs_9_8_itm <= 10'b0;
      regs_regs_slc_regs_regs_9_9_itm <= 10'b0;
    end
    else begin
      if ( en ) begin
        vout_rsc_mgc_out_stdreg_d <= MUX_v_30_2_2({vout_rsc_mgc_out_stdreg_d , ({(signext_10_1(readslicef_11_1_10((({1'b1
            , (~ (conv_s2u_7_10(FRAME_acc_24_itm_1 + conv_s2s_5_7(conv_u2s_3_5(red_slc_red_5_sg1_12_itm_1)
            + conv_s2s_2_5(FRAME_acc_21_itm_1))) + FRAME_mul_itm_1))}) + 11'b1000000001))))
            , (conv_s2u_7_10(FRAME_acc_32_itm_1 + conv_s2s_5_7(conv_u2s_3_5(green_slc_green_2_sg1_12_itm_1)
            + conv_s2s_2_5(FRAME_acc_29_itm_1))) + FRAME_mul_1_itm_1) , (signext_10_1(readslicef_11_1_10((({1'b1
            , (~ (conv_s2u_7_10(FRAME_acc_40_itm_1 + conv_s2s_5_7(conv_u2s_3_5(blue_slc_blue_5_sg1_12_itm_1)
            + conv_s2s_2_5(FRAME_acc_37_itm_1))) + FRAME_mul_2_itm_1))}) + 11'b1000000001))))})},
            main_stage_0_2);
        FRAME_acc_24_itm_1 <= nl_FRAME_acc_24_itm_1[6:0];
        red_slc_red_5_sg1_12_itm_1 <= ACC2_10_acc_1_itm[11:9];
        FRAME_acc_21_itm_1 <= nl_FRAME_acc_21_itm_1[1:0];
        FRAME_mul_itm_1 <= nl_FRAME_mul_itm_1[9:0];
        FRAME_acc_32_itm_1 <= nl_FRAME_acc_32_itm_1[6:0];
        green_slc_green_2_sg1_12_itm_1 <= ACC2_10_acc_2_itm[11:9];
        FRAME_acc_29_itm_1 <= nl_FRAME_acc_29_itm_1[1:0];
        FRAME_mul_1_itm_1 <= nl_FRAME_mul_1_itm_1[9:0];
        FRAME_acc_40_itm_1 <= nl_FRAME_acc_40_itm_1[6:0];
        blue_slc_blue_5_sg1_12_itm_1 <= ACC2_10_acc_3_itm[11:9];
        FRAME_acc_37_itm_1 <= nl_FRAME_acc_37_itm_1[1:0];
        FRAME_mul_2_itm_1 <= nl_FRAME_mul_2_itm_1[9:0];
        main_stage_0_2 <= 1'b1;
        reg_regs_regs_3_sva_1_cse <= regs_regs_2_sva_1;
        reg_regs_regs_4_sva_1_cse <= reg_regs_regs_3_sva_1_cse;
        reg_regs_regs_5_sva_1_cse <= reg_regs_regs_4_sva_1_cse;
        reg_regs_regs_6_sva_1_cse <= reg_regs_regs_5_sva_1_cse;
        reg_regs_regs_7_sva_1_cse <= reg_regs_regs_6_sva_1_cse;
        reg_regs_regs_8_sva_1_cse <= reg_regs_regs_7_sva_1_cse;
        regs_regs_slc_regs_regs_9_20_itm <= reg_regs_regs_8_sva_1_cse[9:0];
        regs_regs_slc_regs_regs_9_21_itm <= reg_regs_regs_8_sva_1_cse[39:30];
        regs_regs_slc_regs_regs_9_22_itm <= reg_regs_regs_8_sva_1_cse[69:60];
        regs_regs_slc_regs_regs_9_23_itm <= reg_regs_regs_8_sva_1_cse[99:90];
        regs_regs_slc_regs_regs_9_24_itm <= reg_regs_regs_8_sva_1_cse[129:120];
        regs_regs_slc_regs_regs_9_25_itm <= reg_regs_regs_8_sva_1_cse[159:150];
        regs_regs_slc_regs_regs_9_26_itm <= reg_regs_regs_8_sva_1_cse[189:180];
        regs_regs_slc_regs_regs_9_27_itm <= reg_regs_regs_8_sva_1_cse[219:210];
        regs_regs_slc_regs_regs_9_28_itm <= reg_regs_regs_8_sva_1_cse[249:240];
        regs_regs_slc_regs_regs_9_29_itm <= reg_regs_regs_8_sva_1_cse[279:270];
        reg_regs_regs_0_sva_cse <= vin_rsc_mgc_in_wire_d;
        regs_regs_2_sva_1 <= reg_regs_regs_0_sva_cse;
        regs_regs_slc_regs_regs_9_10_itm <= reg_regs_regs_8_sva_1_cse[19:10];
        regs_regs_slc_regs_regs_9_11_itm <= reg_regs_regs_8_sva_1_cse[49:40];
        regs_regs_slc_regs_regs_9_12_itm <= reg_regs_regs_8_sva_1_cse[79:70];
        regs_regs_slc_regs_regs_9_13_itm <= reg_regs_regs_8_sva_1_cse[109:100];
        regs_regs_slc_regs_regs_9_14_itm <= reg_regs_regs_8_sva_1_cse[139:130];
        regs_regs_slc_regs_regs_9_15_itm <= reg_regs_regs_8_sva_1_cse[169:160];
        regs_regs_slc_regs_regs_9_16_itm <= reg_regs_regs_8_sva_1_cse[199:190];
        regs_regs_slc_regs_regs_9_17_itm <= reg_regs_regs_8_sva_1_cse[229:220];
        regs_regs_slc_regs_regs_9_18_itm <= reg_regs_regs_8_sva_1_cse[259:250];
        regs_regs_slc_regs_regs_9_19_itm <= reg_regs_regs_8_sva_1_cse[289:280];
        regs_regs_slc_regs_regs_9_itm <= reg_regs_regs_8_sva_1_cse[29:20];
        regs_regs_slc_regs_regs_9_1_itm <= reg_regs_regs_8_sva_1_cse[59:50];
        regs_regs_slc_regs_regs_9_2_itm <= reg_regs_regs_8_sva_1_cse[89:80];
        regs_regs_slc_regs_regs_9_3_itm <= reg_regs_regs_8_sva_1_cse[119:110];
        regs_regs_slc_regs_regs_9_4_itm <= reg_regs_regs_8_sva_1_cse[149:140];
        regs_regs_slc_regs_regs_9_5_itm <= reg_regs_regs_8_sva_1_cse[179:170];
        regs_regs_slc_regs_regs_9_6_itm <= reg_regs_regs_8_sva_1_cse[209:200];
        regs_regs_slc_regs_regs_9_7_itm <= reg_regs_regs_8_sva_1_cse[239:230];
        regs_regs_slc_regs_regs_9_8_itm <= reg_regs_regs_8_sva_1_cse[269:260];
        regs_regs_slc_regs_regs_9_9_itm <= reg_regs_regs_8_sva_1_cse[299:290];
      end
    end
  end
  assign nl_FRAME_acc_24_itm_1  = conv_u2s_5_7({(ACC2_10_acc_1_itm[11:8]) , (ACC2_10_acc_1_itm[6])})
      + conv_s2s_3_7(conv_u2s_2_3(conv_u2u_1_2(ACC2_10_acc_1_itm[8]) + conv_u2u_1_2(acc_imod_sva[4]))
      + conv_s2s_2_3(acc_imod_sva[6:5]));
  assign nl_FRAME_acc_21_itm_1  = conv_s2s_1_2(readslicef_6_1_5((({(conv_s2u_4_5({(acc_imod_sva[6:5])
      , 2'b1}) + conv_u2u_3_5(FRAME_acc_26_sdt[3:1])) , (FRAME_acc_26_sdt[0])}) +
      conv_s2s_5_6({1'b1 , (acc_imod_sva[3:0])})))) + conv_u2s_1_2(ACC2_10_acc_1_itm[7]);
  assign nl_FRAME_mul_itm_1  = conv_u2u_4_10(ACC2_10_acc_1_itm[15:12]) * 10'b101001;
  assign nl_FRAME_acc_32_itm_1  = conv_u2s_5_7({(ACC2_10_acc_2_itm[11:8]) , (ACC2_10_acc_2_itm[6])})
      + conv_s2s_3_7(conv_u2s_2_3(conv_u2u_1_2(ACC2_10_acc_2_itm[8]) + conv_u2u_1_2(acc_imod_2_sva[4]))
      + conv_s2s_2_3(acc_imod_2_sva[6:5]));
  assign nl_FRAME_acc_29_itm_1  = conv_s2s_1_2(readslicef_6_1_5((({(conv_s2u_4_5({(acc_imod_2_sva[6:5])
      , 2'b1}) + conv_u2u_3_5(FRAME_acc_34_sdt[3:1])) , (FRAME_acc_34_sdt[0])}) +
      conv_s2s_5_6({1'b1 , (acc_imod_2_sva[3:0])})))) + conv_u2s_1_2(ACC2_10_acc_2_itm[7]);
  assign nl_FRAME_mul_1_itm_1  = conv_u2u_4_10(ACC2_10_acc_2_itm[15:12]) * 10'b101001;
  assign nl_FRAME_acc_40_itm_1  = conv_u2s_5_7({(ACC2_10_acc_3_itm[11:8]) , (ACC2_10_acc_3_itm[6])})
      + conv_s2s_3_7(conv_u2s_2_3(conv_u2u_1_2(ACC2_10_acc_3_itm[8]) + conv_u2u_1_2(acc_imod_4_sva[4]))
      + conv_s2s_2_3(acc_imod_4_sva[6:5]));
  assign nl_FRAME_acc_37_itm_1  = conv_s2s_1_2(readslicef_6_1_5((({(conv_s2u_4_5({(acc_imod_4_sva[6:5])
      , 2'b1}) + conv_u2u_3_5(FRAME_acc_42_sdt[3:1])) , (FRAME_acc_42_sdt[0])}) +
      conv_s2s_5_6({1'b1 , (acc_imod_4_sva[3:0])})))) + conv_u2s_1_2(ACC2_10_acc_3_itm[7]);
  assign nl_FRAME_mul_2_itm_1  = conv_u2u_4_10(ACC2_10_acc_3_itm[15:12]) * 10'b101001;

  function [4:0] readslicef_6_5_1;
    input [5:0] vector;
    reg [5:0] tmp;
  begin
    tmp = vector >> 1;
    readslicef_6_5_1 = tmp[4:0];
  end
  endfunction


  function [29:0] MUX_v_30_2_2;
    input [59:0] inputs;
    input [0:0] sel;
    reg [29:0] result;
  begin
    case (sel)
      1'b0 : begin
        result = inputs[59:30];
      end
      1'b1 : begin
        result = inputs[29:0];
      end
      default : begin
        result = inputs[59:30];
      end
    endcase
    MUX_v_30_2_2 = result;
  end
  endfunction


  function [0:0] readslicef_11_1_10;
    input [10:0] vector;
    reg [10:0] tmp;
  begin
    tmp = vector >> 10;
    readslicef_11_1_10 = tmp[0:0];
  end
  endfunction


  function [9:0] signext_10_1;
    input [0:0] vector;
  begin
    signext_10_1= {{9{vector[0]}}, vector};
  end
  endfunction


  function [0:0] readslicef_6_1_5;
    input [5:0] vector;
    reg [5:0] tmp;
  begin
    tmp = vector >> 5;
    readslicef_6_1_5 = tmp[0:0];
  end
  endfunction


  function  [15:0] conv_u2u_15_16 ;
    input [14:0]  vector ;
  begin
    conv_u2u_15_16 = {1'b0, vector};
  end
  endfunction


  function  [14:0] conv_u2u_14_15 ;
    input [13:0]  vector ;
  begin
    conv_u2u_14_15 = {1'b0, vector};
  end
  endfunction


  function  [13:0] conv_u2u_13_14 ;
    input [12:0]  vector ;
  begin
    conv_u2u_13_14 = {1'b0, vector};
  end
  endfunction


  function  [12:0] conv_u2u_12_13 ;
    input [11:0]  vector ;
  begin
    conv_u2u_12_13 = {1'b0, vector};
  end
  endfunction


  function  [11:0] conv_u2u_11_12 ;
    input [10:0]  vector ;
  begin
    conv_u2u_11_12 = {1'b0, vector};
  end
  endfunction


  function  [10:0] conv_u2u_10_11 ;
    input [9:0]  vector ;
  begin
    conv_u2u_10_11 = {1'b0, vector};
  end
  endfunction


  function  [13:0] conv_u2u_12_14 ;
    input [11:0]  vector ;
  begin
    conv_u2u_12_14 = {{2{1'b0}}, vector};
  end
  endfunction


  function  [14:0] conv_u2u_13_15 ;
    input [12:0]  vector ;
  begin
    conv_u2u_13_15 = {{2{1'b0}}, vector};
  end
  endfunction


  function  [15:0] conv_u2u_14_16 ;
    input [13:0]  vector ;
  begin
    conv_u2u_14_16 = {{2{1'b0}}, vector};
  end
  endfunction


  function signed [6:0] conv_s2s_6_7 ;
    input signed [5:0]  vector ;
  begin
    conv_s2s_6_7 = {vector[5], vector};
  end
  endfunction


  function signed [5:0] conv_u2s_5_6 ;
    input [4:0]  vector ;
  begin
    conv_u2s_5_6 = {1'b0, vector};
  end
  endfunction


  function  [5:0] conv_u2u_5_6 ;
    input [4:0]  vector ;
  begin
    conv_u2u_5_6 = {1'b0, vector};
  end
  endfunction


  function signed [5:0] conv_s2s_5_6 ;
    input signed [4:0]  vector ;
  begin
    conv_s2s_5_6 = {vector[4], vector};
  end
  endfunction


  function  [3:0] conv_s2u_2_4 ;
    input signed [1:0]  vector ;
  begin
    conv_s2u_2_4 = {{2{vector[1]}}, vector};
  end
  endfunction


  function  [9:0] conv_s2u_7_10 ;
    input signed [6:0]  vector ;
  begin
    conv_s2u_7_10 = {{3{vector[6]}}, vector};
  end
  endfunction


  function signed [6:0] conv_s2s_5_7 ;
    input signed [4:0]  vector ;
  begin
    conv_s2s_5_7 = {{2{vector[4]}}, vector};
  end
  endfunction


  function signed [4:0] conv_u2s_3_5 ;
    input [2:0]  vector ;
  begin
    conv_u2s_3_5 = {{2{1'b0}}, vector};
  end
  endfunction


  function signed [4:0] conv_s2s_2_5 ;
    input signed [1:0]  vector ;
  begin
    conv_s2s_2_5 = {{3{vector[1]}}, vector};
  end
  endfunction


  function signed [6:0] conv_u2s_5_7 ;
    input [4:0]  vector ;
  begin
    conv_u2s_5_7 = {{2{1'b0}}, vector};
  end
  endfunction


  function signed [6:0] conv_s2s_3_7 ;
    input signed [2:0]  vector ;
  begin
    conv_s2s_3_7 = {{4{vector[2]}}, vector};
  end
  endfunction


  function signed [2:0] conv_u2s_2_3 ;
    input [1:0]  vector ;
  begin
    conv_u2s_2_3 = {1'b0, vector};
  end
  endfunction


  function  [1:0] conv_u2u_1_2 ;
    input [0:0]  vector ;
  begin
    conv_u2u_1_2 = {1'b0, vector};
  end
  endfunction


  function signed [2:0] conv_s2s_2_3 ;
    input signed [1:0]  vector ;
  begin
    conv_s2s_2_3 = {vector[1], vector};
  end
  endfunction


  function signed [1:0] conv_s2s_1_2 ;
    input signed [0:0]  vector ;
  begin
    conv_s2s_1_2 = {vector[0], vector};
  end
  endfunction


  function  [4:0] conv_s2u_4_5 ;
    input signed [3:0]  vector ;
  begin
    conv_s2u_4_5 = {vector[3], vector};
  end
  endfunction


  function  [4:0] conv_u2u_3_5 ;
    input [2:0]  vector ;
  begin
    conv_u2u_3_5 = {{2{1'b0}}, vector};
  end
  endfunction


  function signed [1:0] conv_u2s_1_2 ;
    input [0:0]  vector ;
  begin
    conv_u2s_1_2 = {1'b0, vector};
  end
  endfunction


  function  [9:0] conv_u2u_4_10 ;
    input [3:0]  vector ;
  begin
    conv_u2u_4_10 = {{6{1'b0}}, vector};
  end
  endfunction

endmodule
module mean_vga (
  vin_rsc_z, vout_rsc_z, clk, en, arst_n
);
  input [299:0] vin_rsc_z;
  output [29:0] vout_rsc_z;
  input clk;
  input en;
  input arst_n;


  // Interconnect Declarations
  wire [299:0] vin_rsc_mgc_in_wire_d;
  wire [29:0] vout_rsc_mgc_out_stdreg_d;


  // Interconnect Declarations for Component Instantiations 
  mgc_in_wire #(.rscid(1),
  .width(300)) vin_rsc_mgc_in_wire (
      .d(vin_rsc_mgc_in_wire_d),
      .z(vin_rsc_z)
    );
  mgc_out_stdreg #(.rscid(2),
  .width(30)) vout_rsc_mgc_out_stdreg (
      .d(vout_rsc_mgc_out_stdreg_d),
      .z(vout_rsc_z)
    );
  mean_vga_core mean_vga_core_inst (
      .clk(clk),
      .en(en),
      .arst_n(arst_n),
      .vin_rsc_mgc_in_wire_d(vin_rsc_mgc_in_wire_d),
      .vout_rsc_mgc_out_stdreg_d(vout_rsc_mgc_out_stdreg_d)
    );
endmodule